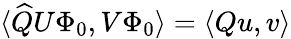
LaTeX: \langle\widehat{Q}U\Phi_{0},V\Phi_{0}\rangle=\langle Qu,v\rangle